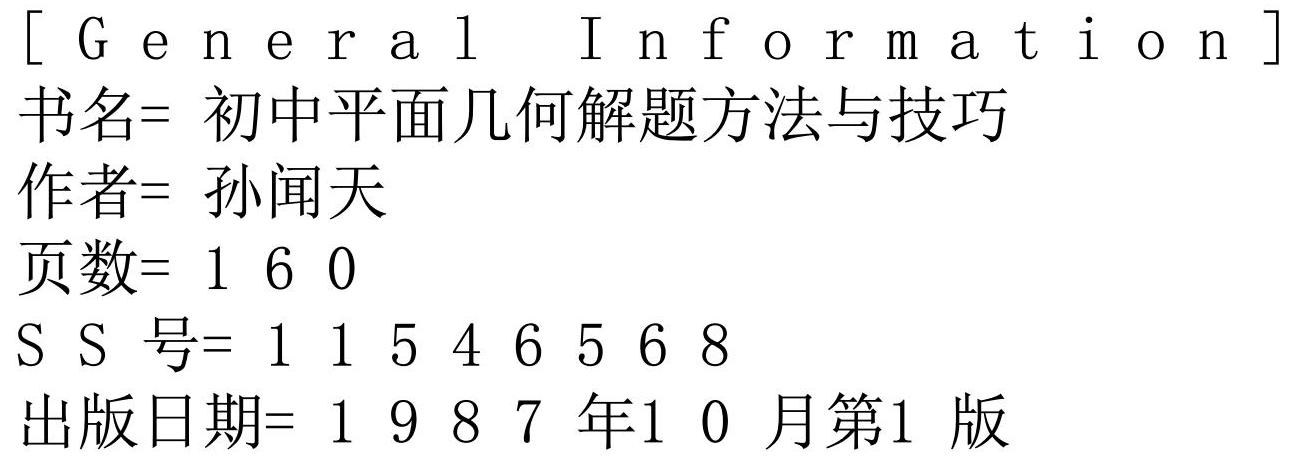
[ General Information ]
书名= 初中平面几何解题方法与技巧
作者= 孙闻天
页数= 160
SS号= 11546568
出版日期= 1987年10月第1版